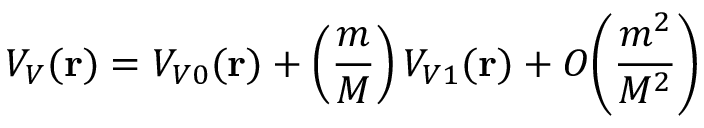
V _ { V } ( { \bf r } ) = V _ { V 0 } ( { \bf r } ) + \left( \frac { m } { M } \right) V _ { V 1 } ( { \bf r } ) + { \cal O } \bigg ( \frac { m ^ { 2 } } { M ^ { 2 } } \bigg )